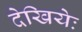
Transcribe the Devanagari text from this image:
देखियेः